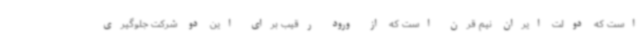
است که دولت ایران نیم قرن است که از ورود رقیب برای این دو شرکت جلوگیری